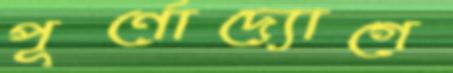
পূর্ণোদ্যোগে